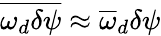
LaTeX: \overline{{\omega_{d}\delta\psi}}\approx\overline{{\omega}}_{d}\delta\psi